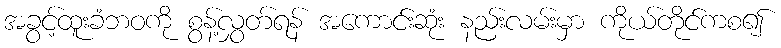
အခွင့်ထူးခံဘဝကို စွန့်လွှတ်ရန် အကောင်းဆုံး နည်းလမ်းမှာ ကိုယ်တိုင်ကစ၍